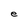
Character: e